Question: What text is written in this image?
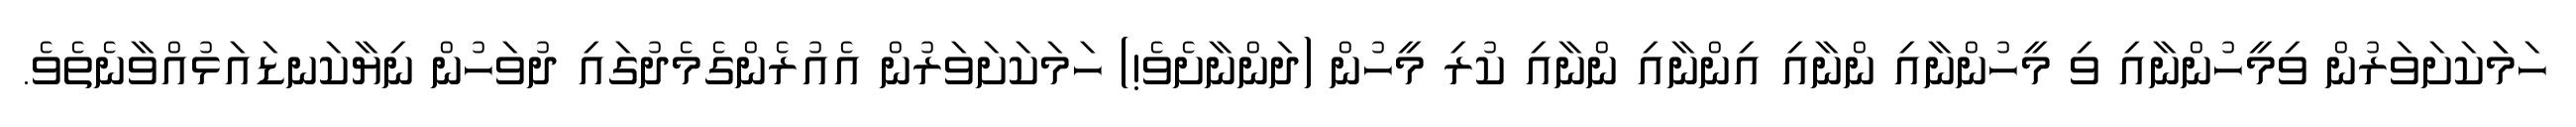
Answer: ހަމަަކަށަވަރުން ވިމީހުންނާއި ވި މީހުންނާއި ންނާއި އިންނާއި ންނާއި ކުރި މީހުން (ދަންނާށެވެ!) ހަމަކަށަވަރުން އެއުރެންގެމެދުގައި ދުވަހުން ނިޔާކަނޑައަޅުއްވާނެތެވެ.